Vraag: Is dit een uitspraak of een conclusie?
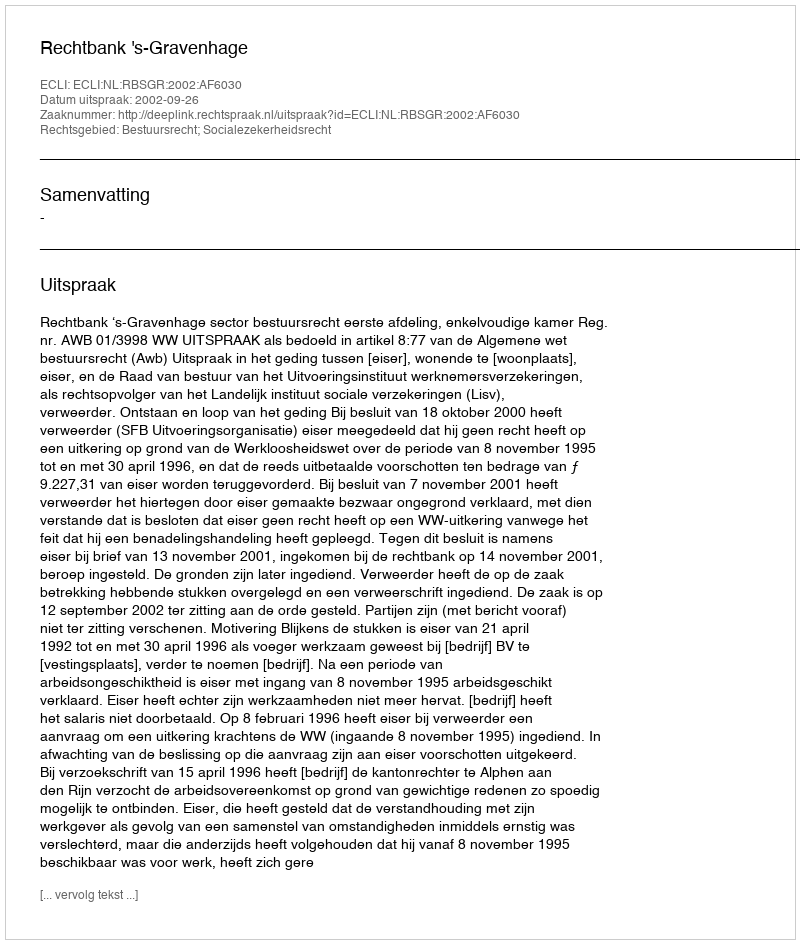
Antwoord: Uitspraak